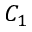
C _ { 1 }